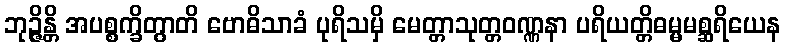
ဘုဉ္ဇိန္တိ အပစ္စက္ခိတွာတိ ဗောဓိသာခံ ပုရိသမှိ မေတ္တာသုတ္တဝဏ္ဏနာ ပရိယတ္တိဓမ္မမစ္ဆရိယေန